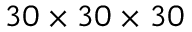
3 0 \times 3 0 \times 3 0